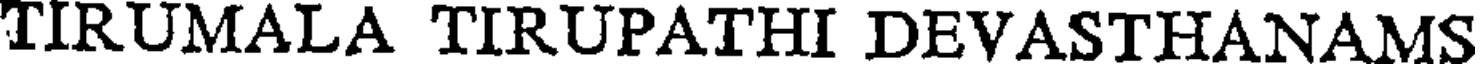
TIRUMALA TIRUPATHI DEVASTHANAMS